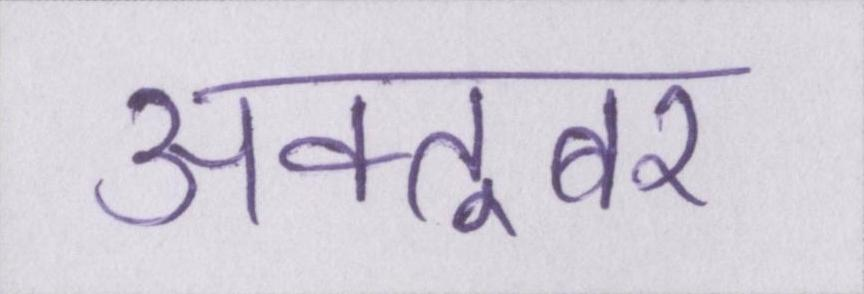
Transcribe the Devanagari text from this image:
अक्तूबर